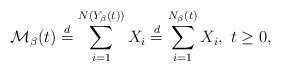
LaTeX: \begin{align*}\mathcal{M}_{\beta}(t)\stackrel{d}{=}\sum_{i=1}^{N(Y_{\beta}(t))}X_{i}\stackrel{d}{=}\sum_{i=1}^{N_{\beta}(t)}X_{i},\ t\ge0,\end{align*}